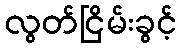
လွတ်ငြိမ်းခွင့်